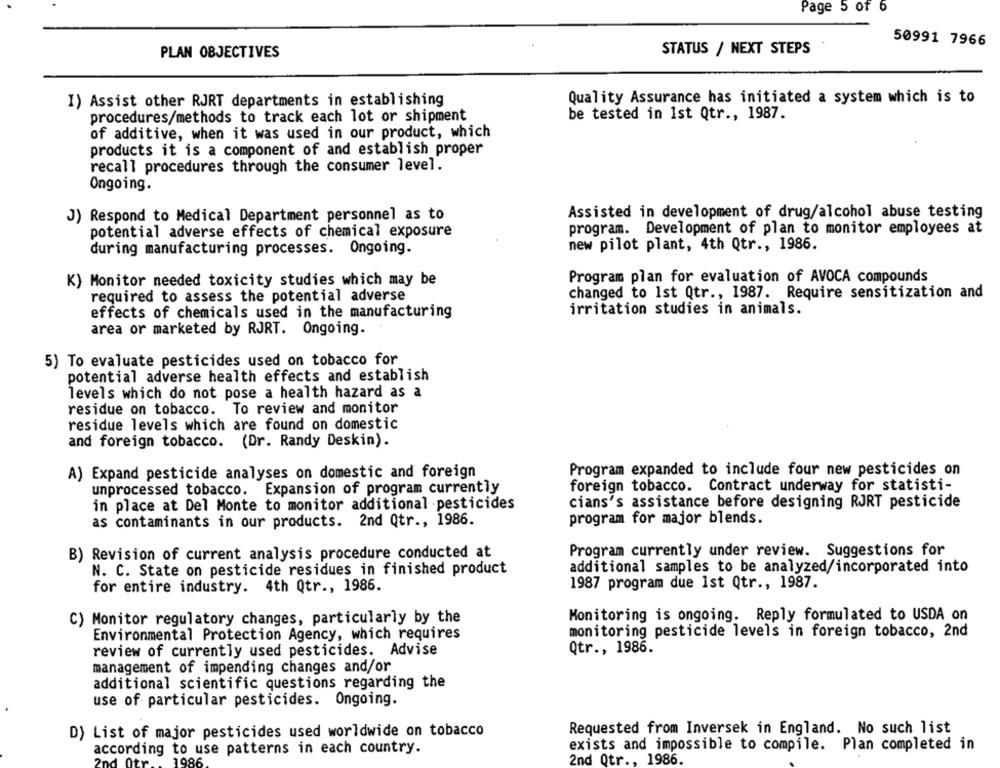
Page 5 of 6
50991 7966
PLAN OBJECTIVES
STATUS / NEXT STEPS
Quality Assurance has initiated a system which is to
I) Assist other RJRT departments in establishing
be tested in 1st Qtr ., 1987.
procedures/methods to track each lot or shipment
of additive, when it was used in our product, which
products it is a component of and establish proper
recall procedures through the consumer level.
Ongoing.
Assisted in development of drug/alcohol abuse testing
J) Respond to Medical Department personnel as to
program. Development of plan to monitor employees at
potential adverse effects of chemical exposure
new pilot plant, 4th Qtr ., 1986.
during manufacturing processes. Ongoing.
K) Monitor needed toxicity studies which may be
Program plan for evaluation of AVOCA compounds
required to assess the potential adverse
changed to Ist Qtr ., 1987. Require sensitization and
effects of chemicals used in the manufacturing
irritation studies in animals.
area or marketed by RJRT. Ongoing.
5) To evaluate pesticides used on tobacco for
potential adverse health effects and establish
levels which do not pose a health hazard as a
residue on tobacco. To review and monitor
residue levels which are found on domestic
and foreign tobacco. (Dr. Randy Deskin).
A) Expand pesticide analyses on domestic and foreign
Program expanded to include four new pesticides on
unprocessed tobacco. Expansion of program currently
foreign tobacco. Contract underway for statisti-
in place at Del Monte to monitor additional pesticides
cians's assistance before designing RJRT pesticide
as contaminants in our products. 2nd Qtr ., 1986.
program for major blends.
B) Revision of current analysis procedure conducted at
Program currently under review. Suggestions for
N. C. State on pesticide residues in finished product
additional samples to be analyzed/incorporated into
for entire industry. 4th Qtr ., 1986.
1987 program due Ist Qtr ., 1987.
C) Monitor regulatory changes, particularly by the
Monitoring is ongoing. Reply formulated to USDA on
Environmental Protection Agency, which requires
monitoring pesticide levels in foreign tobacco, 2nd
review of currently used pesticides. Advise
Qtr ., 1986.
management of impending changes and/or
additional scientific questions regarding the
use of particular pesticides. Ongoing.
D) List of major pesticides used worldwide on tobacco
Requested from Inversek in England. No such list
according to use patterns in each country.
exists and impossible to compile. Plan completed in
2nd Qtr ., 1986.